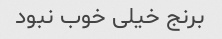
برنج خیلی خوب نبود